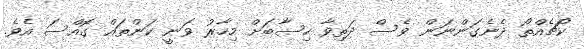
ކޯޗެއްތޯ ދެނެގަންނަން ވެސް ދަތިވާ ހިސާބަށް މިހާރު ވަނީ ކަންތައް ގޮއްސަ އެވެ.